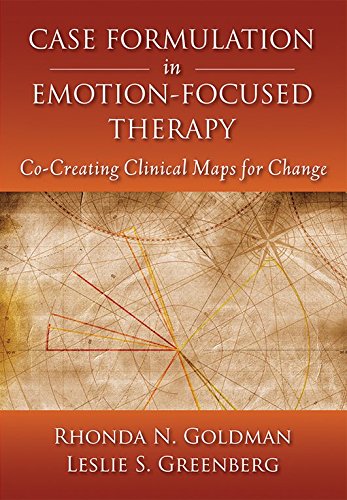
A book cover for Case Formulation in Emotion-Focused Therapy: Co-Creating Clinical Maps for Change; Rhonda N. Goldman and Leslie S. Greenberg; Health, Fitness & Dieting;